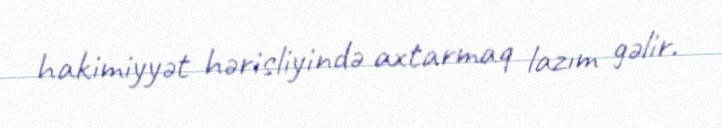
hakimiyyət hərisliyində axtarmaq lazım gəlir.